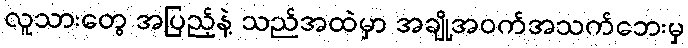
လူသားတွေ အပြည့်နဲ့ သည်အထဲမှာ အချို့အဝက်အသက်ဘေးမှ